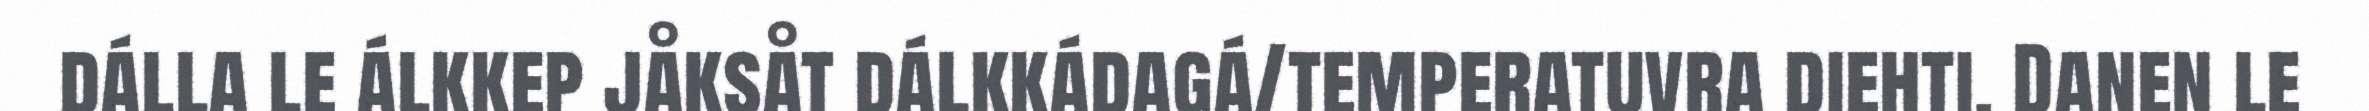
dálla le álkkep jåksåt dálkkádagá/temperatuvra diehti. Danen le